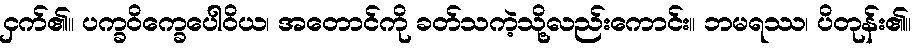
ငှက်၏။ ပက္ခဝိက္ခေပေါဝိယ၊ အတောင်ကို ခတ်သကဲ့သို့လည်းကောင်း။ ဘမရဿ၊ ပိတုန်း၏။